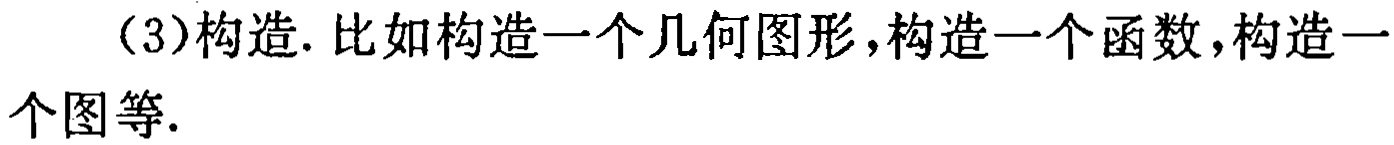
（3）构造. 比如构造一个几何图形，构造一个函数，构造一个图等.